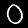
Label: 0